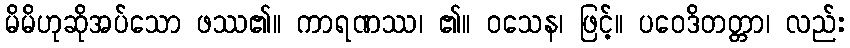
မိမိဟုဆိုအပ်သော ဖဿ၏။ ကာရဏဿ၊ ၏။ ဝသေန၊ ဖြင့်။ ပဝေဒိတတ္တာ၊ လည်း